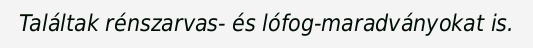
Találtak rénszarvas- és lófog-maradványokat is.